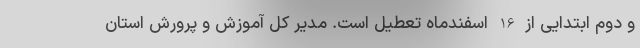
و دوم ابتدایی از 16 اسفندماه تعطیل است. مدیر کل آموزش و پرورش استان